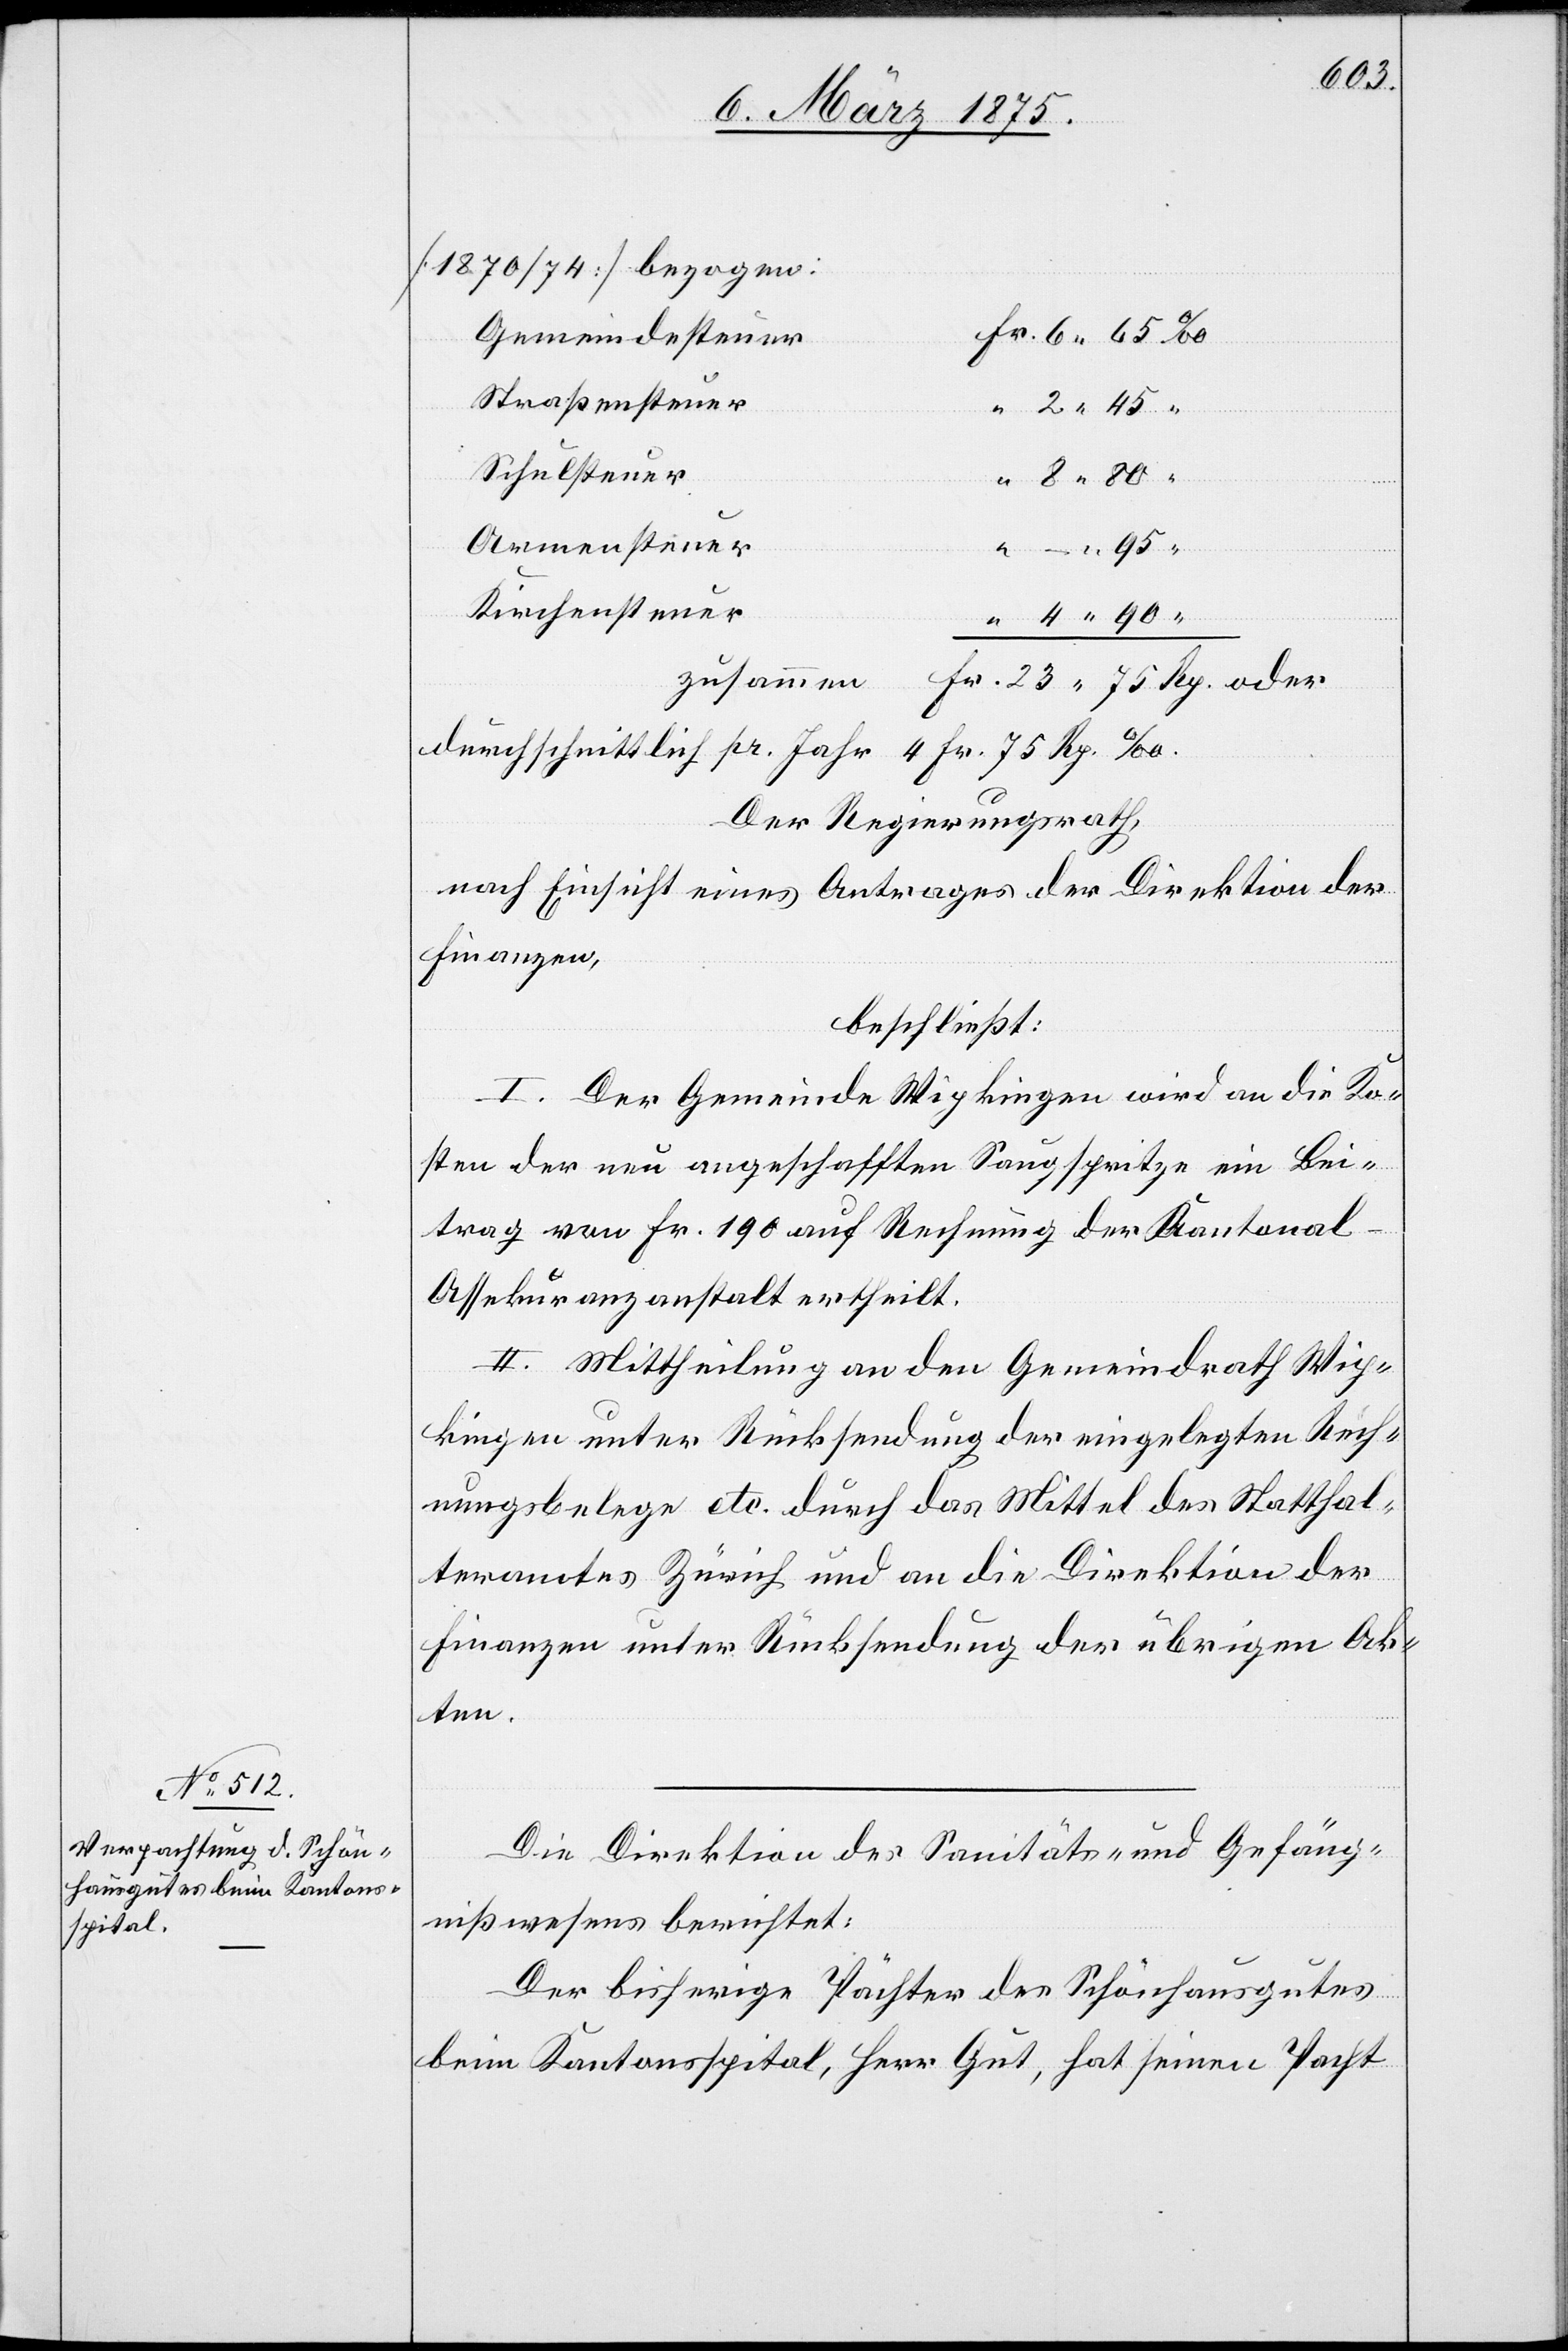
[1870/74] bezogen:
Gemeindesteuer
Straßensteuer
Schulsteuer
Armensteuer
zusammen
– 95
Kirchensteuer
2
Der Regierungsrath,
nach Einsicht eines Antrages der Direktion der
Finanzen,
beschließt:
I. Der Gemeinderath Wipkingen wird an die Ko¬
sten der neu angeschafften Saugspritze ein Bei¬
trag von Fr. 190 auf Rechnung der Kantonal-A¬
ssekuranzanstalt ertheilt.
II. Mittheilung an den Gemeinderath Wip¬
kingen unter Rücksendung der eingelegten Rech¬
nungsbelege etc. durch das Mittel des Statthal¬
teramtes Zürich und an die Direktion der
Finanzen unter Rücksendung der übrigen Ak¬
ten.
Die Direktion des Sanitäts- und Gefäng¬
nißwesens berichtet:
Der bisherige Pächter des Schönhausgutes
beim Kantonsspital, Herr Gut, hat seinen Pacht

40